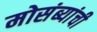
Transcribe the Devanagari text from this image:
मोसंब्यांची